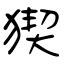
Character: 猰